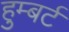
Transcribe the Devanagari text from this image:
हुम्बर्ट